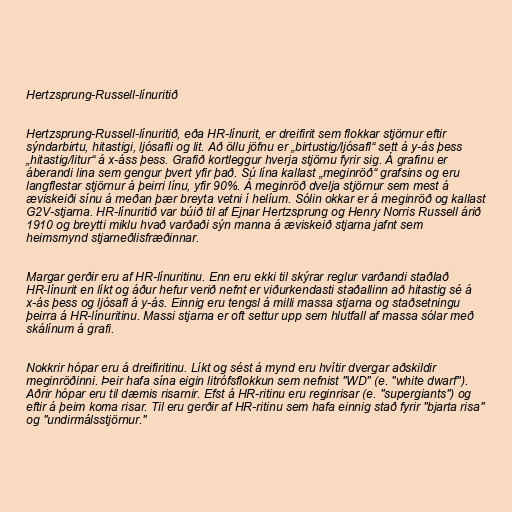
Hertzsprung-Russell-línuritið

Hertzsprung-Russell-línuritið, eða HR-línurit, er dreifirit sem flokkar stjörnur eftir
sýndarbirtu, hitastigi, ljósafli og lit. Að öllu jöfnu er „birtustig/ljósafl“ sett á y-ás þess
„hitastig/litur“ á x-áss þess. Grafið kortleggur hverja stjörnu fyrir sig. Á grafinu er
áberandi lina sem gengur þvert yfir það. Sú lína kallast „meginröð“ grafsins og eru
langflestar stjörnur á þeirri línu, yfir 90%. Á meginröð dvelja stjörnur sem mest á
æviskeiði sínu á meðan þær breyta vetni í helíum. Sólin okkar er á meginröð og kallast
G2V-stjarna. HR-línuritið var búið til af Ejnar Hertzsprung og Henry Norris Russell árið
1910 og breytti miklu hvað varðaði sýn manna á æviskeið stjarna jafnt sem
heimsmynd stjarneðlisfræðinnar.

Margar gerðir eru af HR-línuritinu. Enn eru ekki til skýrar reglur varðandi staðlað
HR-línurit en líkt og áður hefur verið nefnt er viðurkendasti staðallinn að hitastig sé á
x-ás þess og ljósafl á y-ás. Einnig eru tengsl á milli massa stjarna og staðsetningu
þeirra á HR-línuritinu. Massi stjarna er oft settur upp sem hlutfall af massa sólar með
skálínum á grafi.

Nokkrir hópar eru á dreifiritinu. Líkt og sést á mynd eru hvítir dvergar aðskildir
meginröðinni. Þeir hafa sína eigin litrófsflokkun sem nefnist "WD" (e. "white dwarf").
Aðrir hópar eru til dæmis risarnir. Efst á HR-ritinu eru reginrisar (e. "supergiants") og
eftir á þeim koma risar. Til eru gerðir af HR-ritinu sem hafa einnig stað fyrir "bjarta risa"
og "undirmálsstjörnur."